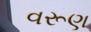
વરૂણ